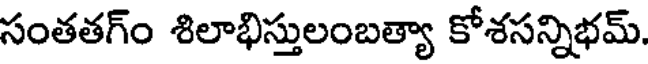
సంతతగ్ం శిలాభిస్తులంబత్యా కోశసన్నిభమ్.